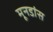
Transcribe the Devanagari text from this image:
मूनडांस